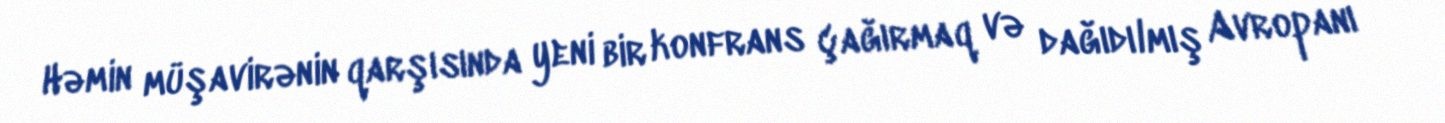
Həmin müşavirənin qarşısında yeni bir konfrans çağırmaq və dağıdılmış Avropanı